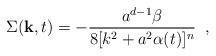
LaTeX: \begin{align*}\Sigma({\bf k},t)=-\frac{a^{d-1}\beta}{8[k^{2}+a^{2}\alpha(t)]^{n}} \;\;,\end{align*}